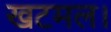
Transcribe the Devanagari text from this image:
खटमल।